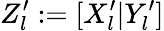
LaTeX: Z_{l}^{\prime}:=[X_{l}^{\prime}|Y_{l}^{\prime}]